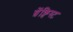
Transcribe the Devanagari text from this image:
ग्रेंक्विस्ट